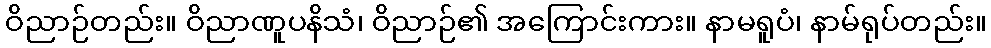
ဝိညာဉ်တည်း။ ဝိညာဏူပနိသံ၊ ဝိညာဉ်၏ အကြောင်းကား။ နာမရူပံ၊ နာမ်ရုပ်တည်း။